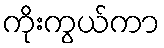
ကိုးကွယ်ကာ